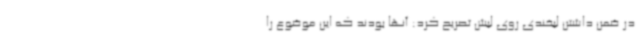
در ضمن داشتن لبخندی روی لبش تصریح کرد: آنها بودند که این موضوع را